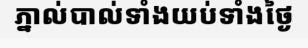
ភ្នាល់បាល់ទាំងយប់ទាំងថ្ងៃ